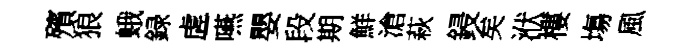
殯狼蛾録虗嚥嬰段期鮮滄萩鋟矣洑樓塲風